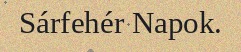
Sárfehér Napok.